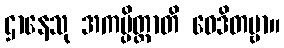
ဌာနေသု အကမ္ပိတ္ထာတိ ဝေဒိတဗ္ဗာ။